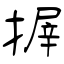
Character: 搱